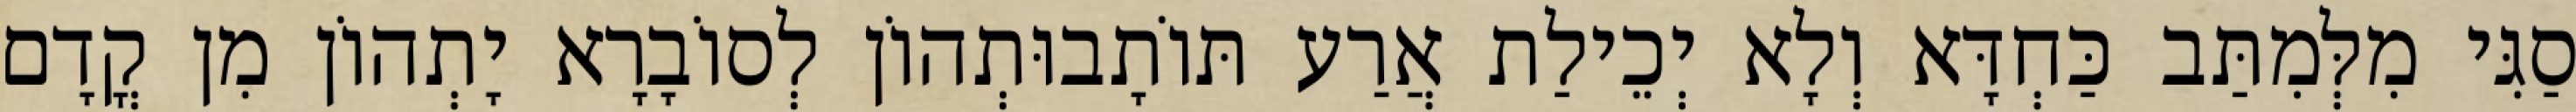
סַגִּי מִלְּמִתַּב כַּחְדָּא וְלָא יְכֵילַת אֲרַע תּוֹתָבוּתְהוֹן לְסוֹבָרָא יָתְהוֹן מִן קֳדָם